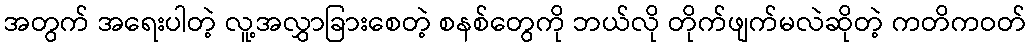
အတွက် အရေးပါတဲ့ လူ့အလွှာခြားစေတဲ့ စနစ်တွေကို ဘယ်လို တိုက်ဖျက်မလဲဆိုတဲ့ ကတိကဝတ်